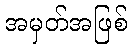
အမှတ်အဖြစ်